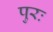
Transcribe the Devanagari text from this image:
पुरः